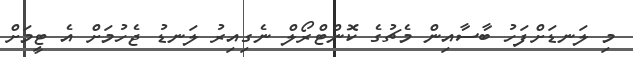
މި ލަނޑަށްފަހު ބާސާއިން މެޗުގެ ކޮންޓްރޯލް ނެގިއިރު ލަނޑު ޖެހުމަށް އެ ޓީމަށް